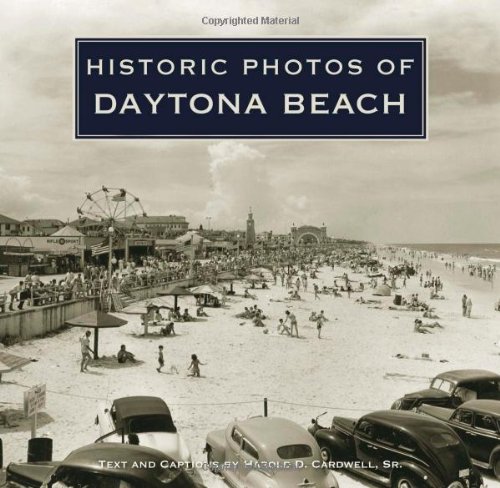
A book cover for Historic Photos of Daytona Beach; Harold D. Cardwell Sr.; Travel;